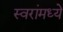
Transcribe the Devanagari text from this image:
स्वरांमध्ये